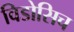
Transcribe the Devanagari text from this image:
विडोसिच